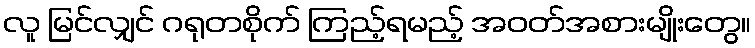
လူ မြင်လျှင် ဂရုတစိုက် ကြည့်ရမည့် အဝတ်အစားမျိုးတွေ။